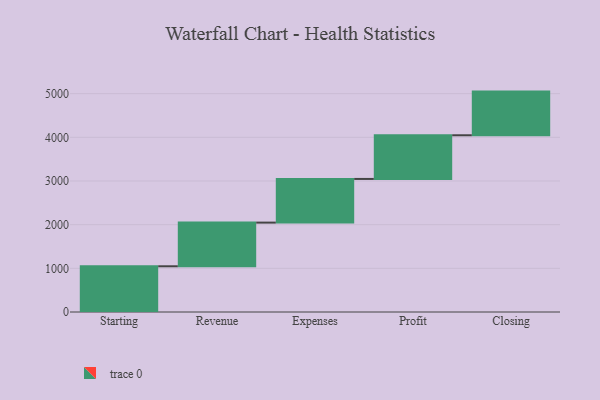
{"axis": {"x": "Step", "y": "Value"}, "legend": [""], "data": [{"x": "Starting", "y": 1047.0, "type": ""}, {"x": "Revenue", "y": 1000, "type": ""}, {"x": "Expenses", "y": 1000, "type": ""}, {"x": "Profit", "y": 1000, "type": ""}, {"x": "Closing", "y": 1000, "type": ""}]}